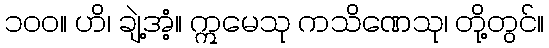
၁၀၀။ ဟိ၊ ချဲ့အံ့။ ဣမေသု ကသိဏေသု၊ တို့တွင်။